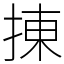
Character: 㨂